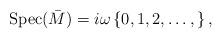
LaTeX: \begin{align*}\mbox{Spec}(\bar{M})=i\omega\left\{0, 1, 2,\ldots,\right\},\end{align*}